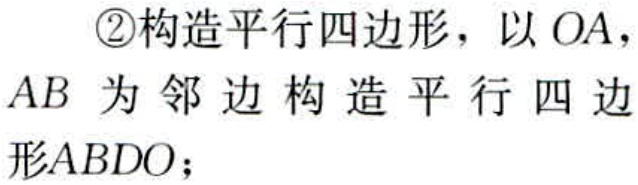
\textcircled{2}构造平行四边形，以 \(OA\)，\(AB\) 为邻边构造平行四边形\(ABDO\)；